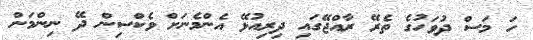
ހަ މަސް ދުވަހުގެ ތެރޭ ރާއްޖޭގައި ދިރިއުޅޭ އެންމެނަށް ވެކްސިން ދޭ ނިންމަން